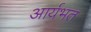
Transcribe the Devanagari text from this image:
आर्यभत